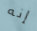
إنه